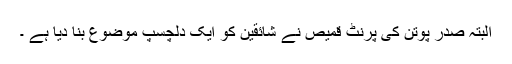
البتہ صدر پوتن کی پرنٹ قمیص نے شائقین کو ایک دلچسپ موضوع بنا دیا ہے ۔